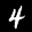
Label: 4